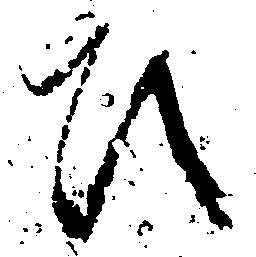
ひ